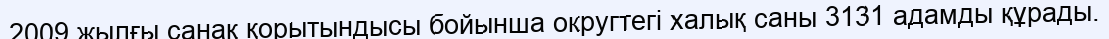
2009 жылғы санақ қорытындысы бойынша округтегі халық саны 3131 адамды құрады.